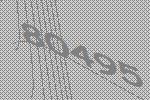
80495